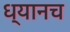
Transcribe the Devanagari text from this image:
ध्यानच